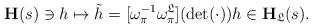
LaTeX: \begin{align*}\mathbf{H}(s) \ni h \mapsto \tilde{h} = [\omega_{\pi}^{-1}\omega_{\pi}^{\mathfrak{L}}](\det(\cdot))h \in \mathbf{H}_{\mathfrak{L}}(s). \end{align*}